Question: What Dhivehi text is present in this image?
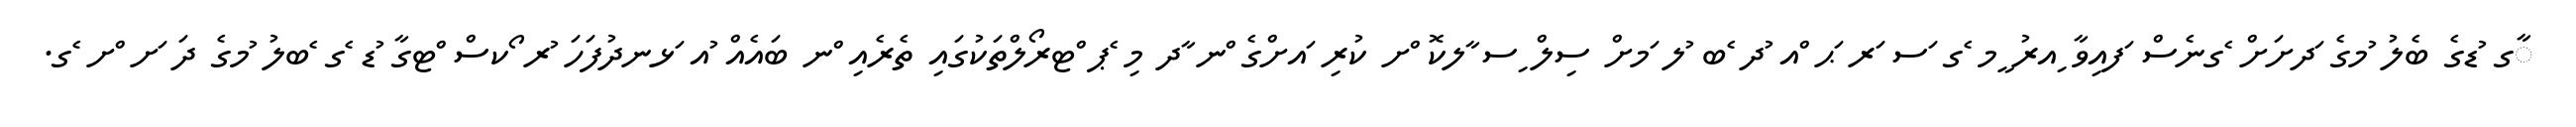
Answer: ާގ ުޑގެ ބެލު ުމގެ ަދށަށް ެގނެސް ަފއިވާ ިއރު ީމ ެގ ަސ ަރ ަޙ ްއ ުދ ެބ ުލ ަމށް ސިލް ިސ ާލކޮ ްށ ކުރި ައށްގެ ްނ ާދ މި ެޕ ްޓރޯލްތަކުގައި ތެރެއި ްނ ބައެއް ުއ ަޅނދުފަހަ ުރ ޯކސް ްޓގާ ުޑ ެގ ެބލު ުމގެ ދަ ަށ ްށ ެގ.